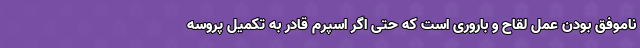
ناموفق بودن عمل لقاح و باروری است که حتی اگر اسپرم قادر به تکمیل پروسه